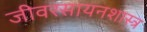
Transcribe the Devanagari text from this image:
जीवरसायनशास्त्र